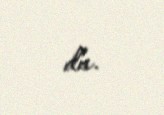
da.